Source: Handwritten
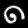
Digit: ၈ (8)